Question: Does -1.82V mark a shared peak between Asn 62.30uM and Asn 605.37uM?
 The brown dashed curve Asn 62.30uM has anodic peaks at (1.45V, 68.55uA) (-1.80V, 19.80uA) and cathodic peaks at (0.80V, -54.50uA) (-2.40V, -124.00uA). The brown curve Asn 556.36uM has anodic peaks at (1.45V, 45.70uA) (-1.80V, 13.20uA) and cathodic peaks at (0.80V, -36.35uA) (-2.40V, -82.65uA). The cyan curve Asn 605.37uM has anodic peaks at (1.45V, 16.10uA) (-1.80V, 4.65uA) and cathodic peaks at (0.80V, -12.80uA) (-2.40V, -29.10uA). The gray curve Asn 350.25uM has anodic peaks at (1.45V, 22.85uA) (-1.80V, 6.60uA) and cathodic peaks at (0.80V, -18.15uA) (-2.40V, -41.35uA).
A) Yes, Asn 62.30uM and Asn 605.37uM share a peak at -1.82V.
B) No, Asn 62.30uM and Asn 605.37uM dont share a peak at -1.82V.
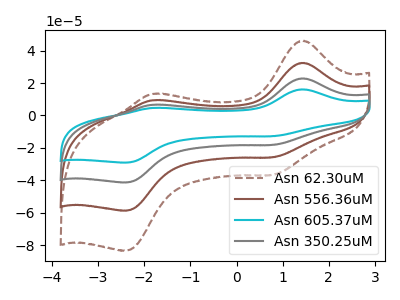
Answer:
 <answer>A) Yes, "Asn 62.30uM" and "Asn 605.37uM" share a peak at -1.82V.</answer>
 <eval>A</eval>